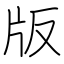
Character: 版